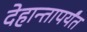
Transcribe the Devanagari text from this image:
देहान्तापर्यंत